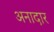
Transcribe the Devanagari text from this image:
अनादार